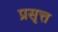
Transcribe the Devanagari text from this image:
प्रसृत्त